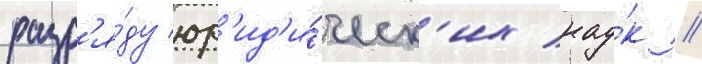
разр'я́ду юр'ид'и́ческ'их нау́к //